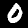
Label: 0